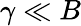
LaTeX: \gamma\ll B